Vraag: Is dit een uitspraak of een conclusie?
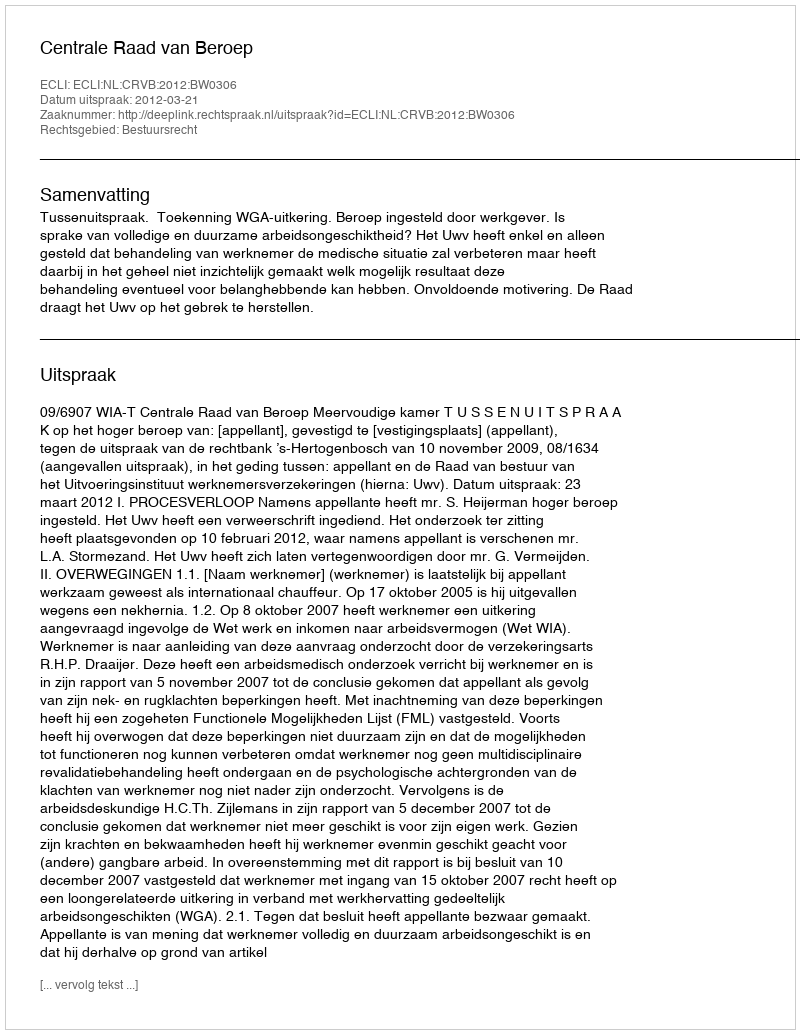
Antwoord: Uitspraak